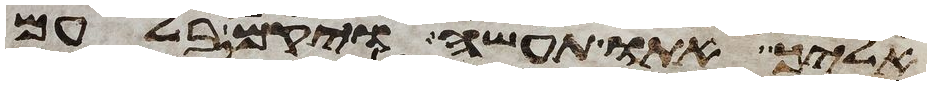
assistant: אליך אתו תעשה ויקם בלעם